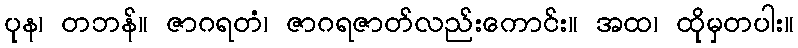
ပုန၊ တဘန်။ ဇာဂရတံ၊ ဇာဂရဇာတ်လည်းကောင်း။ အထ၊ ထိုမှတပါး။